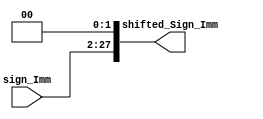
module Shifter2(
    sign_Imm,
    shifted_Sign_Imm
    );

    input [25:0] sign_Imm;
    output reg [27:0] shifted_Sign_Imm;

    wire [1:0] bit_Zero;
    assign bit_Zero = 0;
    
    always@(*) begin
        shifted_Sign_Imm =  {{{sign_Imm[25:0]}}, bit_Zero[1:0] };
    end

endmodule